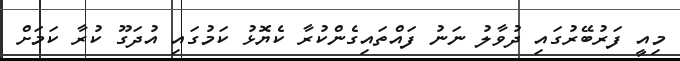
މިއީ ފަރުބޭރުގައި ދުވާލު ނަނު ފައްތައިގެންކުރާ ކެޔޮޅު ކަމުގައި އުދަގޫ ކުރާ ކަމަށް